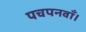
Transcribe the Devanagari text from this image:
पचपनवाँ।